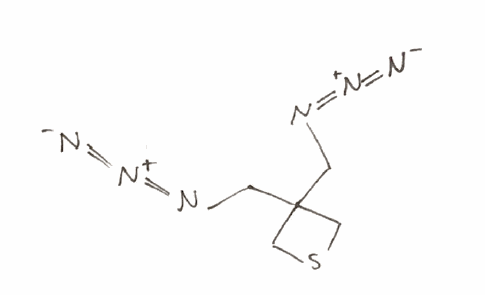
Simplified molecular-input line-entry system (SMILES) notation of the given molecule:
C1C(CS1)(CN=[N+]=[N-])CN=[N+]=[N-]